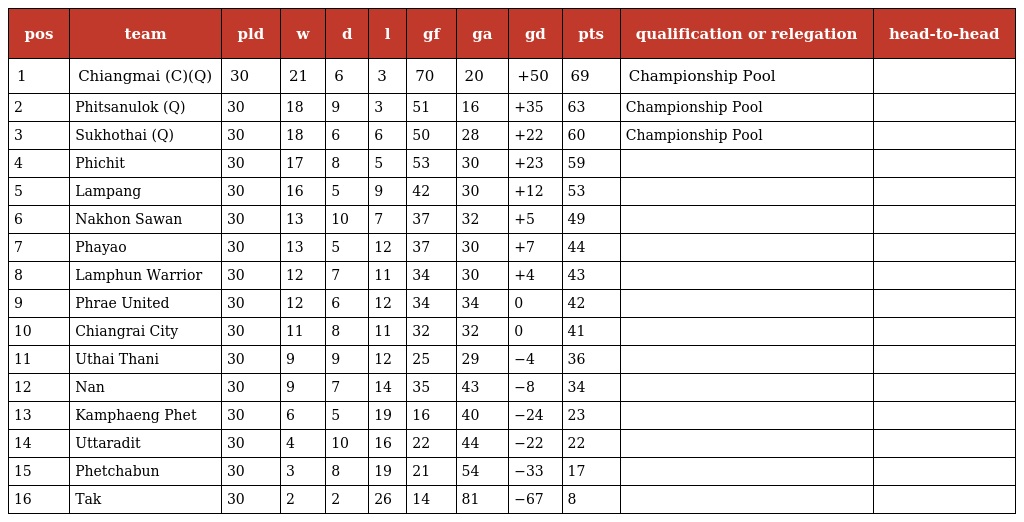
| pos | team | pld | w | d | l | gf | ga | gd | pts | qualification or relegation | head-to-head |
 | --- | --- | --- | --- | --- | --- | --- | --- | --- | --- | --- | --- |
 | 1 | Chiangmai (C)(Q) | 30 | 21 | 6 | 3 | 70 | 20 | +50 | 69 | Championship Pool |  |
 | 2 | Phitsanulok (Q) | 30 | 18 | 9 | 3 | 51 | 16 | +35 | 63 | Championship Pool |  |
 | 3 | Sukhothai (Q) | 30 | 18 | 6 | 6 | 50 | 28 | +22 | 60 | Championship Pool |  |
 | 4 | Phichit | 30 | 17 | 8 | 5 | 53 | 30 | +23 | 59 |  |  |
 | 5 | Lampang | 30 | 16 | 5 | 9 | 42 | 30 | +12 | 53 |  |  |
 | 6 | Nakhon Sawan | 30 | 13 | 10 | 7 | 37 | 32 | +5 | 49 |  |  |
 | 7 | Phayao | 30 | 13 | 5 | 12 | 37 | 30 | +7 | 44 |  |  |
 | 8 | Lamphun Warrior | 30 | 12 | 7 | 11 | 34 | 30 | +4 | 43 |  |  |
 | 9 | Phrae United | 30 | 12 | 6 | 12 | 34 | 34 | 0 | 42 |  |  |
 | 10 | Chiangrai City | 30 | 11 | 8 | 11 | 32 | 32 | 0 | 41 |  |  |
 | 11 | Uthai Thani | 30 | 9 | 9 | 12 | 25 | 29 | −4 | 36 |  |  |
 | 12 | Nan | 30 | 9 | 7 | 14 | 35 | 43 | −8 | 34 |  |  |
 | 13 | Kamphaeng Phet | 30 | 6 | 5 | 19 | 16 | 40 | −24 | 23 |  |  |
 | 14 | Uttaradit | 30 | 4 | 10 | 16 | 22 | 44 | −22 | 22 |  |  |
 | 15 | Phetchabun | 30 | 3 | 8 | 19 | 21 | 54 | −33 | 17 |  |  |
 | 16 | Tak | 30 | 2 | 2 | 26 | 14 | 81 | −67 | 8 |  |  |